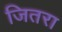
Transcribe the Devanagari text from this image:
जितरा